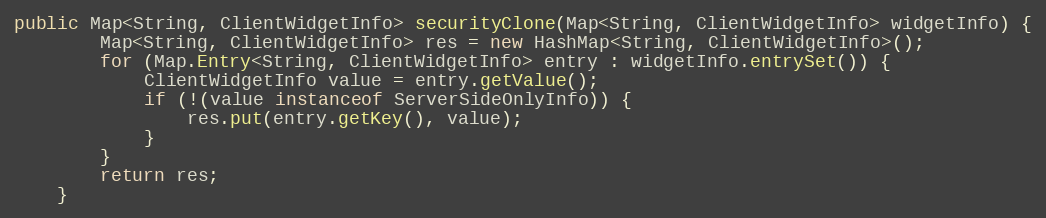
Language: Java
public Map<String, ClientWidgetInfo> securityClone(Map<String, ClientWidgetInfo> widgetInfo) {
		Map<String, ClientWidgetInfo> res = new HashMap<String, ClientWidgetInfo>();
		for (Map.Entry<String, ClientWidgetInfo> entry : widgetInfo.entrySet()) {
			ClientWidgetInfo value = entry.getValue();
			if (!(value instanceof ServerSideOnlyInfo)) {
				res.put(entry.getKey(), value);
			}
		}
		return res;
	}